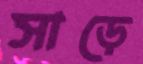
সাড়ে